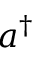
a ^ { \dagger }